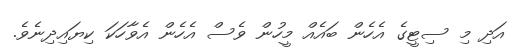
އަދި މި ސިޓީގެ އެހެން ބައެއް މީހުން ވެސް އެހެން އެވާހަކަ ކިޔައިދިނެވެ.